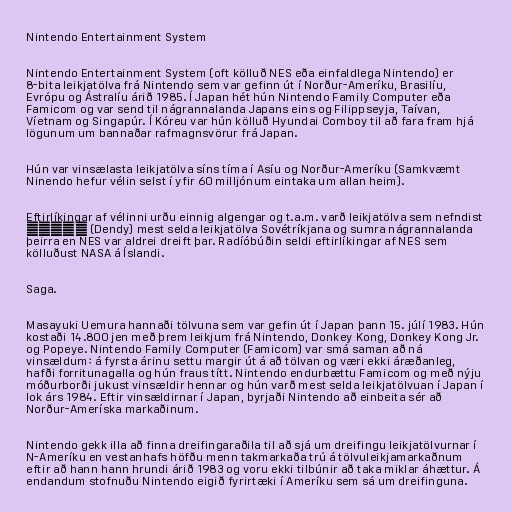
Nintendo Entertainment System

Nintendo Entertainment System (oft kölluð NES eða einfaldlega Nintendo) er
8-bita leikjatölva frá Nintendo sem var gefinn út í Norður-Ameríku, Brasilíu,
Evrópu og Ástralíu árið 1985. Í Japan hét hún Nintendo Family Computer eða
Famicom og var send til nágrannalanda Japans eins og Filippseyja, Taívan,
Víetnam og Singapúr. Í Kóreu var hún kölluð Hyundai Comboy til að fara fram hjá
lögunum um bannaðar rafmagnsvörur frá Japan.

Hún var vinsælasta leikjatölva síns tíma í Asíu og Norður-Ameríku (Samkvæmt
Ninendo hefur vélin selst í yfir 60 milljónum eintaka um allan heim).

Eftirlíkingar af vélinni urðu einnig algengar og t.a.m. varð leikjatölva sem nefndist
Денди (Dendy) mest selda leikjatölva Sovétríkjana og sumra nágrannalanda
þeirra en NES var aldrei dreift þar. Radíóbúðin seldi eftirlíkingar af NES sem
kölluðust NASA á Íslandi.

Saga.

Masayuki Uemura hannaði tölvuna sem var gefin út í Japan þann 15. júlí 1983. Hún
kostaði 14.800 jen með þrem leikjum frá Nintendo, Donkey Kong, Donkey Kong Jr.
og Popeye. Nintendo Family Computer (Famicom) var smá saman að ná
vinsældum: á fyrsta árinu settu margir út á að tölvan og væri ekki áræðanleg,
hafði forritunagalla og hún fraus títt. Nintendo endurbættu Famicom og með nýju
móðurborði jukust vinsældir hennar og hún varð mest selda leikjatölvuan í Japan í
lok árs 1984. Eftir vinsældirnar í Japan, byrjaði Nintendo að einbeita sér að
Norður-Ameríska markaðinum.

Nintendo gekk illa að finna dreifingaraðila til að sjá um dreifingu leikjatölvurnar í
N-Ameríku en vestanhafs höfðu menn takmarkaða trú á tölvuleikjamarkaðnum
eftir að hann hann hrundi árið 1983 og voru ekki tilbúnir að taka miklar áhættur. Á
endandum stofnuðu Nintendo eigið fyrirtæki í Ameríku sem sá um dreifinguna.